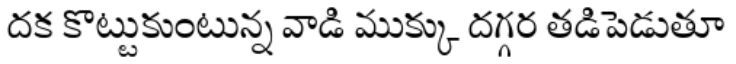
దక కొట్టుకుంటున్న వాడి ముక్కు దగ్గర తడిపెడుతూ